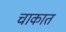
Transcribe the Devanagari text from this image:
चाकात